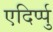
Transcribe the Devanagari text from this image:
एदिर्प्पु